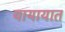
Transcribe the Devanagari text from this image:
यायायात